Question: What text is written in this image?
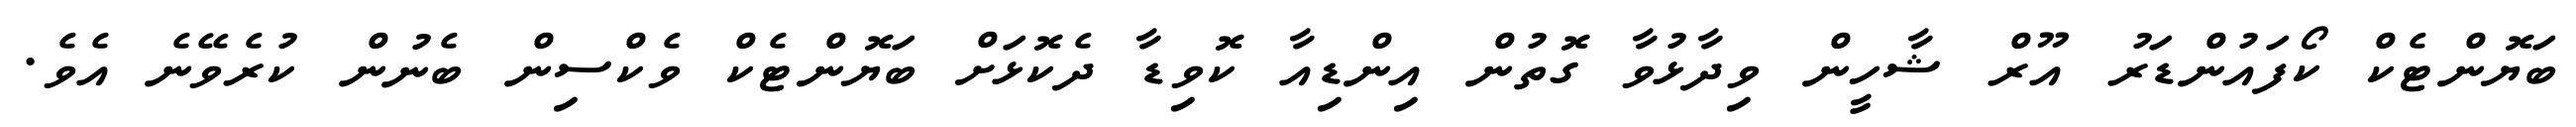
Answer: ބަޔޮންޓެކް ކޯފައުންޑަރު އޫރް ޝާހީން ވިދާޅުވާ ގޮތުން އިންޑިއާ ކޮވިޑާ ދެކޮޅަށް ބަޔޮންޓެކް ވެކްސިން ބެނުން ކުރެވޭނެ އެވެ.